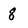
Character: 8